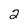
Character: 2